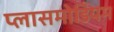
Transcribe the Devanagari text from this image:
प्लासमोडियम